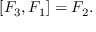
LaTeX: [ F _ { 3 } , F _ { 1 } ] = F _ { 2 } .